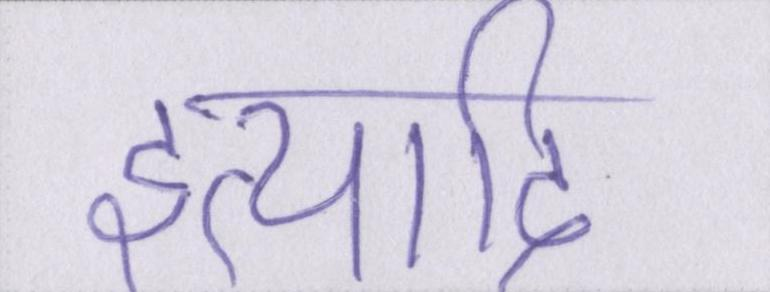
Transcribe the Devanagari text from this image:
इत्यादि